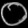
Digit: ၀